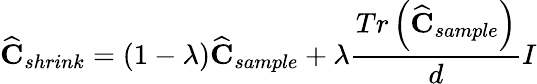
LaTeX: \widehat{\mathbf{C}}_{shrink}=(1-\lambda)\widehat{\mathbf{C}}_{sample}+\lambda\frac{Tr\left(\widehat{\mathbf{C}}_{sample}\right)}{d}I